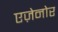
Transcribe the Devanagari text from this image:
एज़ेनोर